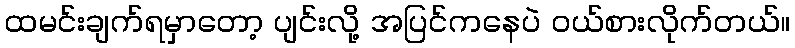
ထမင်းချက်ရမှာတော့ ပျင်းလို့ အပြင်ကနေပဲ ဝယ်စားလိုက်တယ်။